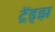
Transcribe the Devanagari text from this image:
ट्रेंड्‌झ